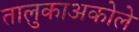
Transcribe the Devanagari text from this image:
तालुकाअकोले